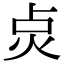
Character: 𭴙